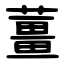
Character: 薑